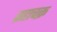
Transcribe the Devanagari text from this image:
ब्रहाचक्र